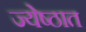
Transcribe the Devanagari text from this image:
ज्येष्ठात